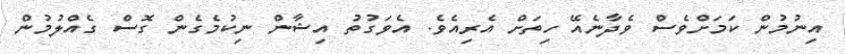
އިނުމުން ކަމަށްވެސް ވެދާނެއޭ ހިތަށް އެރިއެވެ. އެވަގުތު އިޝާން ނިކުމެގެން ގޮސް ގެއްލުމުން